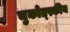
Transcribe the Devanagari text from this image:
चुकोत्स्कीय